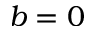
b = 0